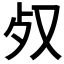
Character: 𣦼